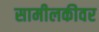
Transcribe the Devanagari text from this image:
सामीलकीवर